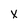
Character: X